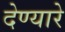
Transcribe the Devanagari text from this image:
देण्यारे